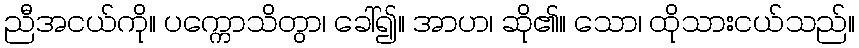
ညီအငယ်ကို။ ပက္ကောသိတွာ၊ ခေါ်၍။ အာဟ၊ ဆို၏။ သော၊ ထိုသားငယ်သည်။